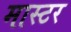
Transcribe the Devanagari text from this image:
मास्टर